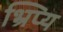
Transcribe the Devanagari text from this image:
भ्रिप्य